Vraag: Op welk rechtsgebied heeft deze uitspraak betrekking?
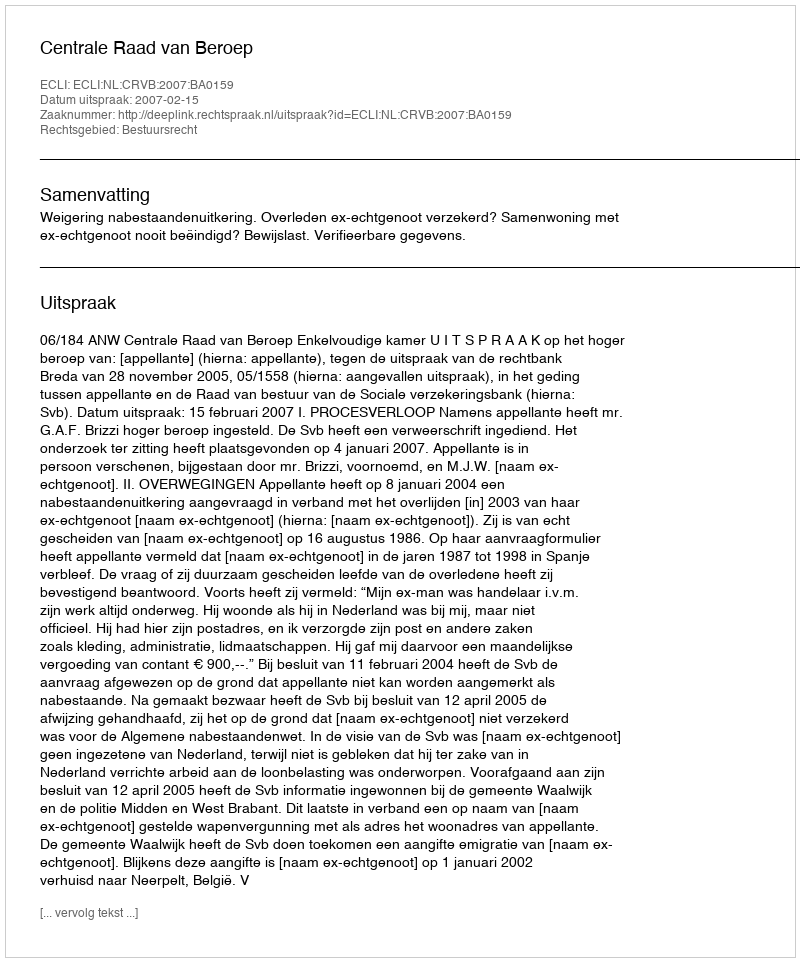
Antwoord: Bestuursrecht